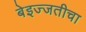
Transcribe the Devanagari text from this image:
बेइज्जतीचा